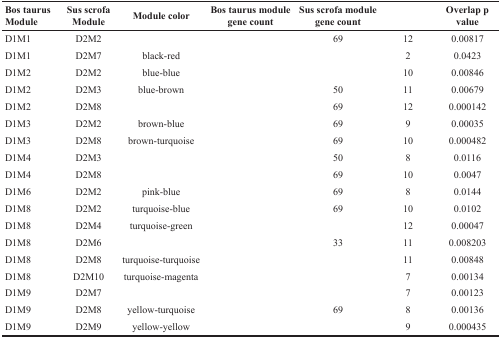
<table><thead><tr><td><b>Bos taurus Module</b></td><td><b>Sus scrofa Module</b></td><td><b>Module color</b></td><td><b>Bos taurus module gene count</b></td><td><b>Sus scrofa module gene count</b></td><td>[EMPTY_CELL]</td><td><b>Overlap p value</b></td></tr></thead><tbody><tr><td>D1M1</td><td>D2M2</td><td>[EMPTY_CELL]</td><td>[EMPTY_CELL]</td><td>69</td><td>12</td><td>0.00817</td></tr><tr><td>D1M1</td><td>D2M7</td><td>black-red</td><td>[EMPTY_CELL]</td><td>[EMPTY_CELL]</td><td>2</td><td>0.0423</td></tr><tr><td>D1M2</td><td>D2M2</td><td>blue-blue</td><td>[EMPTY_CELL]</td><td>[EMPTY_CELL]</td><td>10</td><td>0.00846</td></tr><tr><td>D1M2</td><td>D2M3</td><td>blue-brown</td><td>[EMPTY_CELL]</td><td>50</td><td>11</td><td>0.00679</td></tr><tr><td>D1M2</td><td>D2M8</td><td>[EMPTY_CELL]</td><td>[EMPTY_CELL]</td><td>69</td><td>12</td><td>0.000142</td></tr><tr><td>D1M3</td><td>D2M2</td><td>brown-blue</td><td>[EMPTY_CELL]</td><td>69</td><td>9</td><td>0.00035</td></tr><tr><td>D1M3</td><td>D2M8</td><td>brown-turquoise</td><td>[EMPTY_CELL]</td><td>69</td><td>10</td><td>0.000482</td></tr><tr><td>D1M4</td><td>D2M3</td><td>[EMPTY_CELL]</td><td>[EMPTY_CELL]</td><td>50</td><td>8</td><td>0.0116</td></tr><tr><td>D1M4</td><td>D2M8</td><td>[EMPTY_CELL]</td><td>[EMPTY_CELL]</td><td>69</td><td>10</td><td>0.0047</td></tr><tr><td>D1M6</td><td>D2M2</td><td>pink-blue</td><td>[EMPTY_CELL]</td><td>69</td><td>8</td><td>0.0144</td></tr><tr><td>D1M8</td><td>D2M2</td><td>turquoise-blue</td><td>[EMPTY_CELL]</td><td>69</td><td>10</td><td>0.0102</td></tr><tr><td>D1M8</td><td>D2M4</td><td>turquoise-green</td><td>[EMPTY_CELL]</td><td>[EMPTY_CELL]</td><td>12</td><td>0.00047</td></tr><tr><td>D1M8</td><td>D2M6</td><td>[EMPTY_CELL]</td><td>[EMPTY_CELL]</td><td>33</td><td>11</td><td>0.008203</td></tr><tr><td>D1M8</td><td>D2M8</td><td>turquoise-turquoise</td><td>[EMPTY_CELL]</td><td>[EMPTY_CELL]</td><td>11</td><td>0.00848</td></tr><tr><td>D1M8</td><td>D2M10</td><td>turquoise-magenta</td><td>[EMPTY_CELL]</td><td>[EMPTY_CELL]</td><td>7</td><td>0.00134</td></tr><tr><td>D1M9</td><td>D2M7</td><td>[EMPTY_CELL]</td><td>[EMPTY_CELL]</td><td>[EMPTY_CELL]</td><td>7</td><td>0.00123</td></tr><tr><td>D1M9</td><td>D2M8</td><td>yellow-turquoise</td><td>[EMPTY_CELL]</td><td>69</td><td>8</td><td>0.00136</td></tr><tr><td>D1M9</td><td>D2M9</td><td>yellow-yellow</td><td>[EMPTY_CELL]</td><td>[EMPTY_CELL]</td><td>9</td><td>0.000435</td></tr></tbody></table>